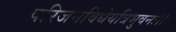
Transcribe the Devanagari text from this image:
परिजनविधेयत्रिभुवनः।।